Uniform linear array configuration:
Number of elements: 12
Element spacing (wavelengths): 1
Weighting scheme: exponential
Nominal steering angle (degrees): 0
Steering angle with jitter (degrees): -0.01616
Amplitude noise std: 0.05
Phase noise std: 0.05

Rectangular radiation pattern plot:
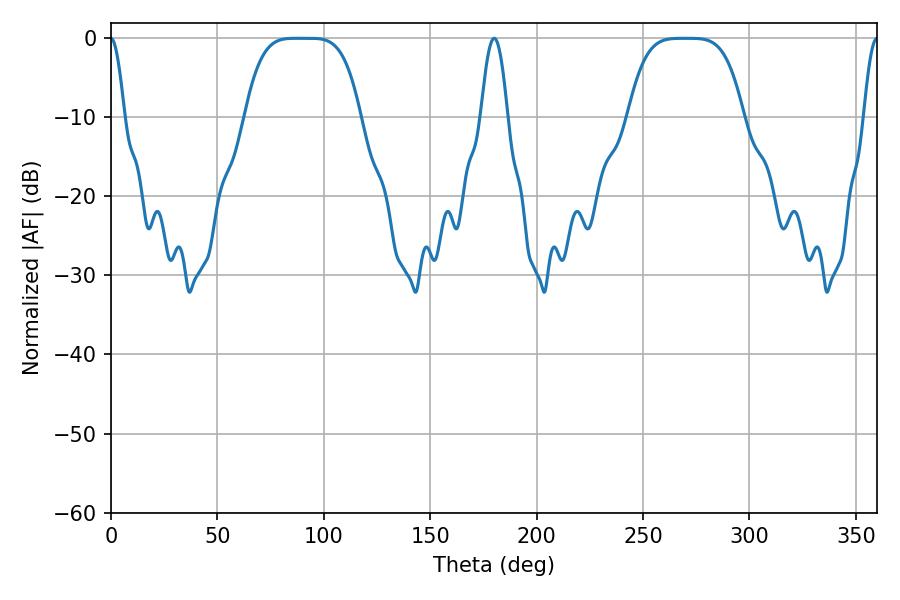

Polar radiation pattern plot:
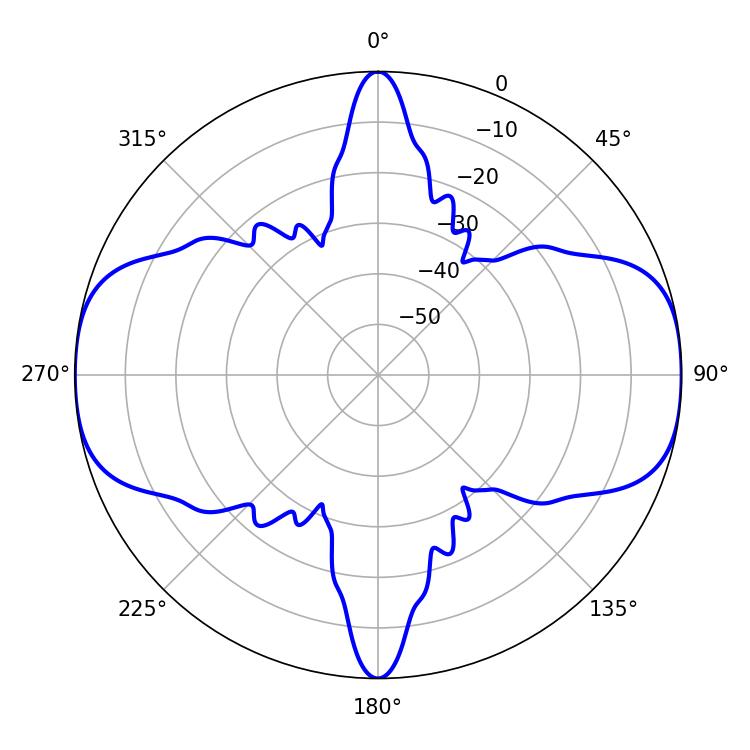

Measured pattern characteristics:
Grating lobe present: TRUE
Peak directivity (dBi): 25.92
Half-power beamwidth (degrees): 40.32
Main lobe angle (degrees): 87.3